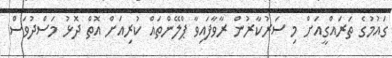
ގައުމުގެ ތަރައްގީއަށް މި ސަރުކާރުން ރާވާފައިވާ ޕްލޭންތައް ކުރިއަށް އޮތް ދޮޅު މަސްދުވަސް